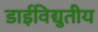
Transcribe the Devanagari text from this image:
डाईविद्युतीय